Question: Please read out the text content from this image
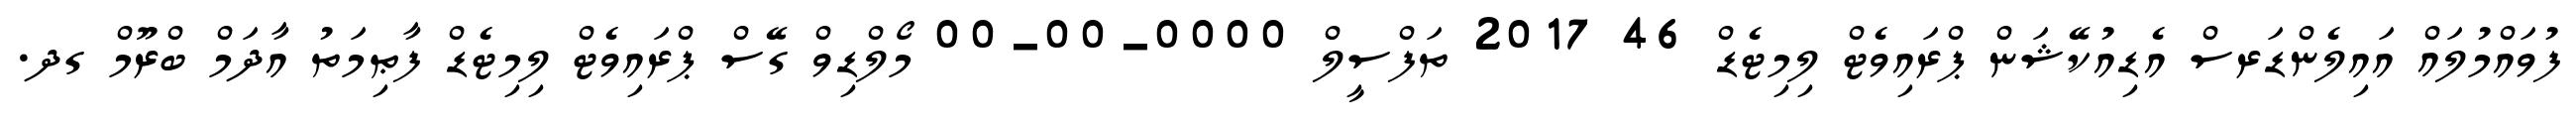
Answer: ފުވައްމުލައް އައިލެންޑަރސް އެޑިއުކޭޝަން ޕްރައިވެޓް ލިމިޓެޑް 46 2017 ތަފްސީލް 0000-00-00 މޯލްޑިވް ގޭސް ޕްރައިވެޓް ލިމިޓެޑް ފާޠިމަތު އާދަމް ބްރޫމް ގދ.